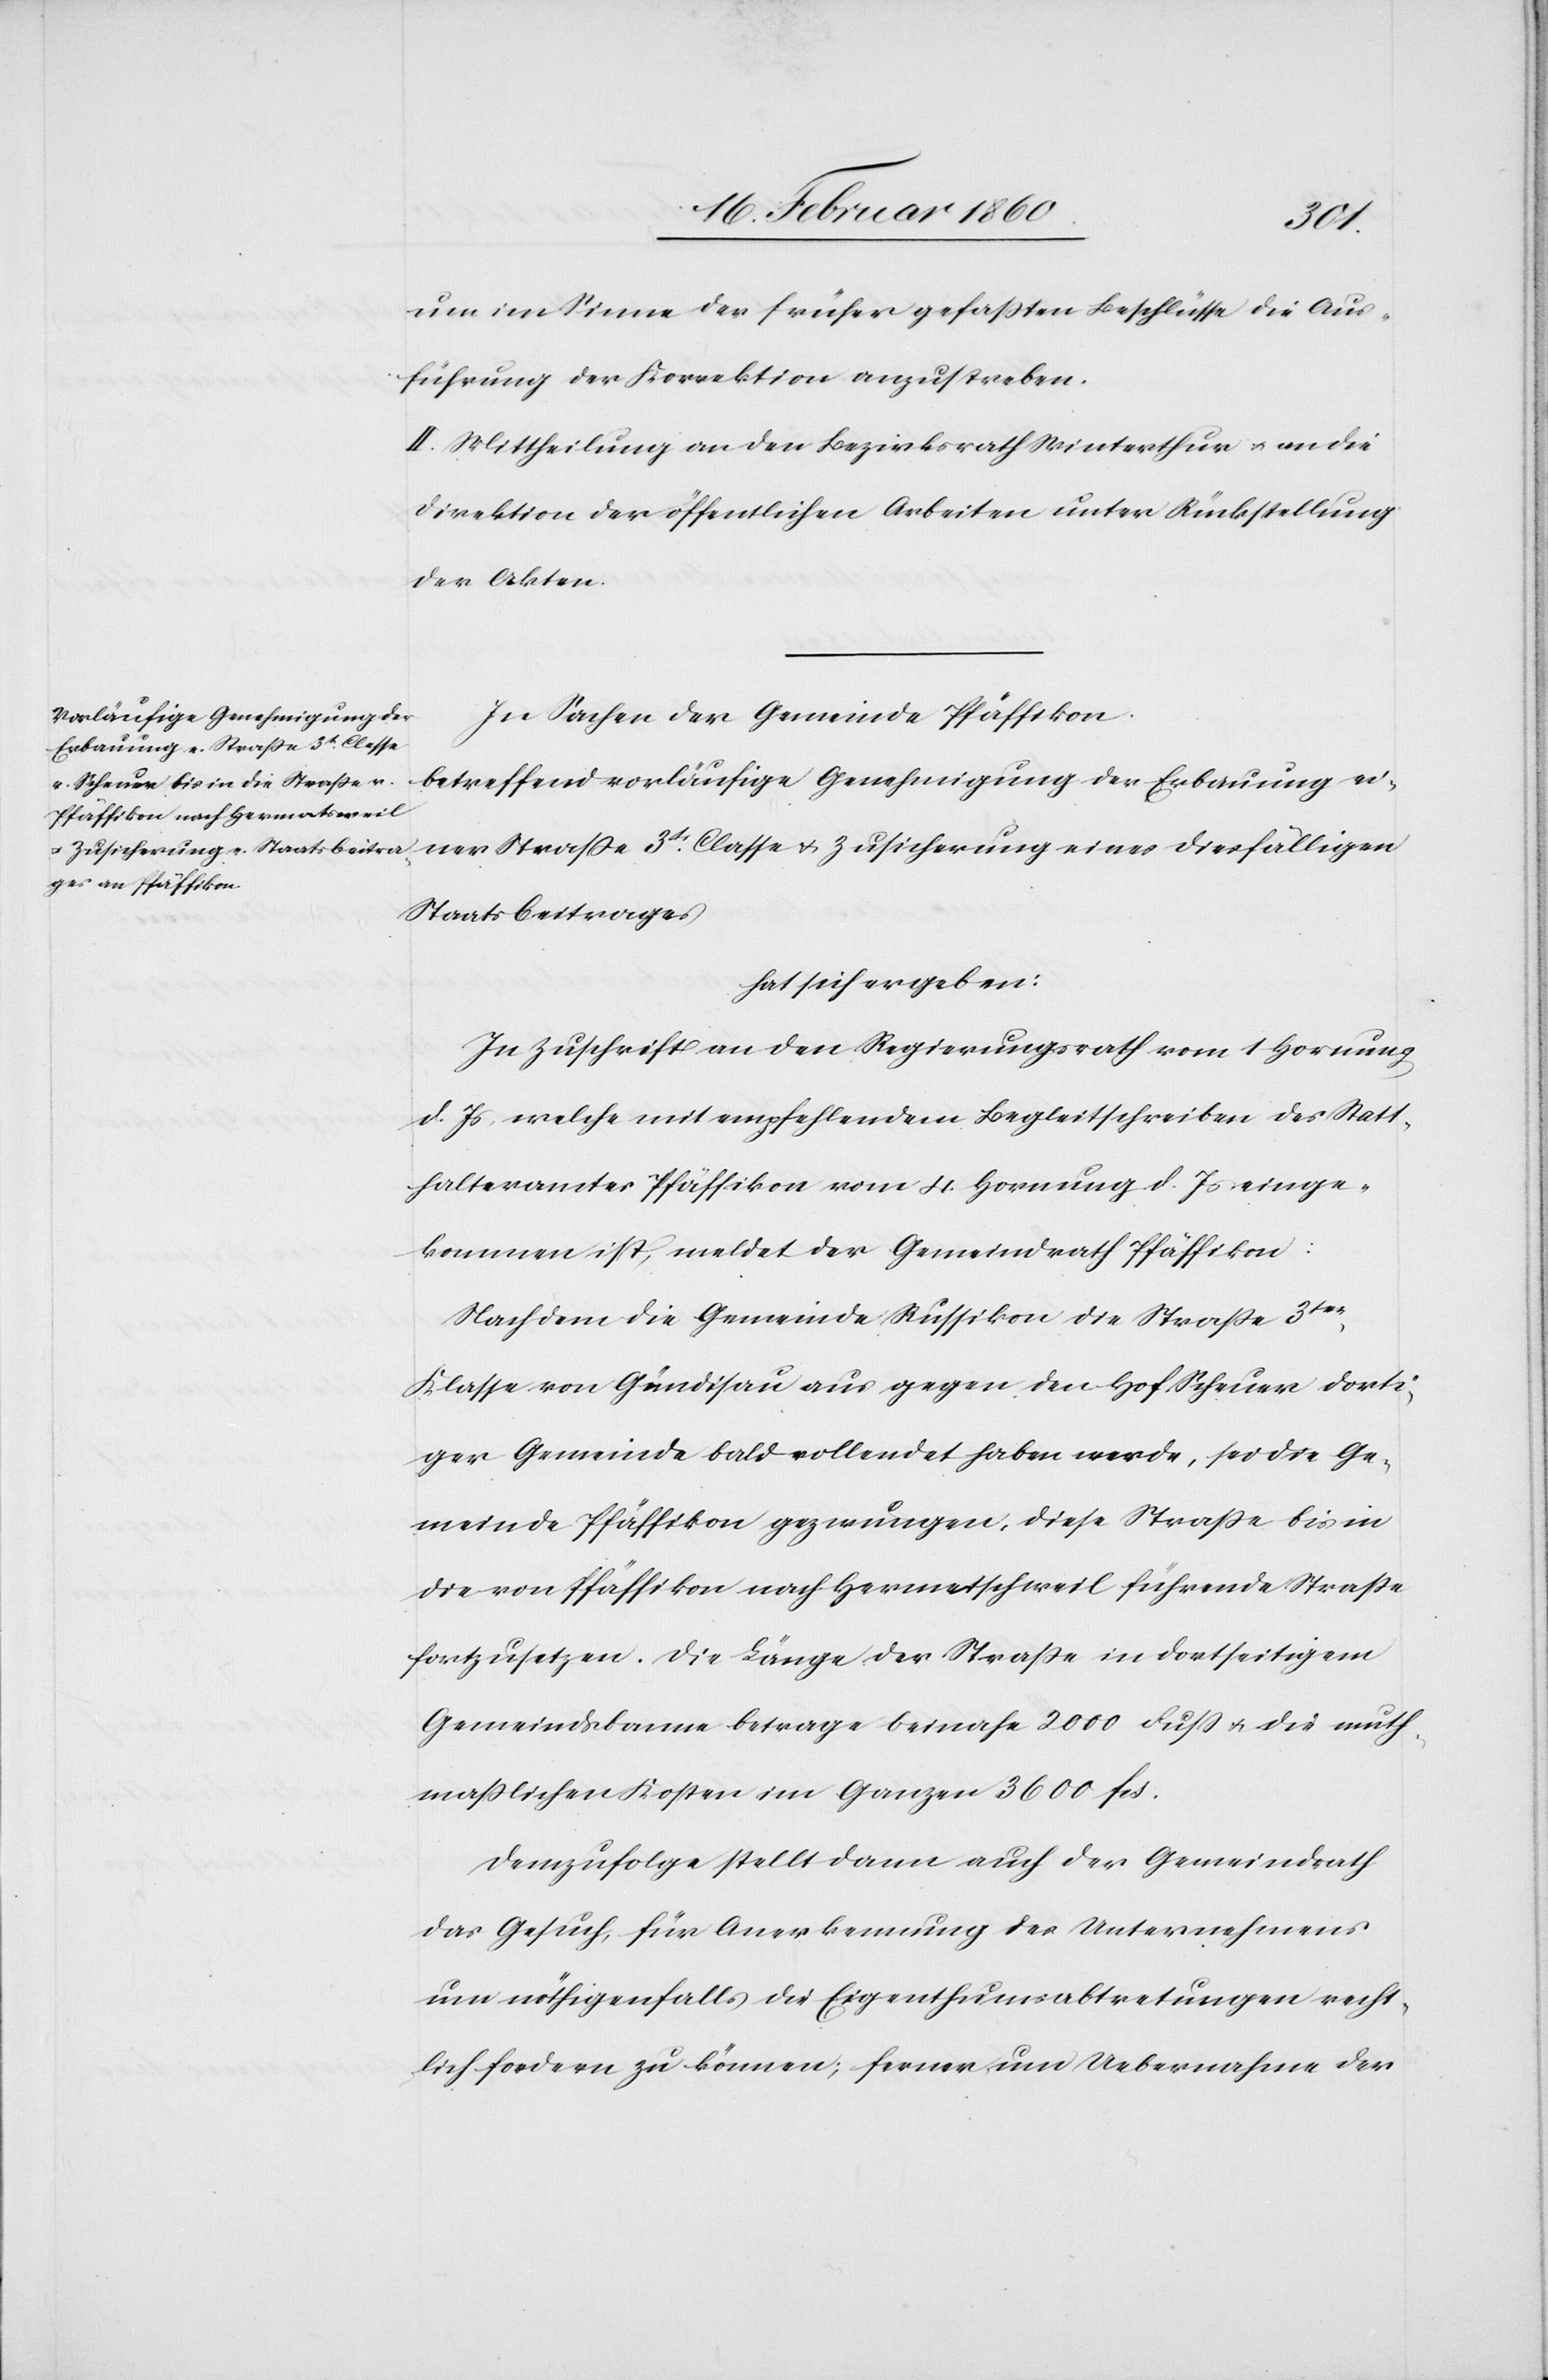
eines
um im Sinne der früher gefassten Beschlüsse die Aus¬
führung der Korrektion anzustreben.
II. Mittheilung an den Bezirksrath Winterthur u. an die
Direktion der öffentlichen Arbeiten unter Rückstellung
der Akten.
In Sachen der Gemeinde Pfäffikon
betreffend vorläufige Genehmigung der Erbauung ei¬
Staatsbeitrages
hat sich ergeben:
In Zuschrift an den Regierungsrath vom 1. Hornung
d. Js., welche mit empfehlendem Begleitschreiben des Statt¬
halteramtes Pfäffikon vom 4. Hornung d. Js. einge¬
kommen ist, meldet der Gemeindrath Pfäffikon:
Nachdem die Gemeinde Russikon die Strasse 3tr
Klasse von Gündisau aus gegen den Hof Scheuer dorti¬
ger Gemeinde bald vollendet haben werde, sei die Ge¬
meinde Pfäffikon gezwungen, diese Strasse bis in
die von Pfäffikon nach Hermetschweil [sic!] führende Strasse
fortzusetzen. Die Länge der Strasse in dortseitigem
Gemeindsbanne betrage beinahe 2000 Fuß u. die muth¬
masslichen Kosten im Ganzen 3600 fcs.
Demzufolge stellt dann auch der Gemeindrath
das Gesuch für Anerkennung des Unternehmens
um nöthigenfalls bei Eigenthumsabtretungen recht¬
lich fordern zu können; ferner um Uebernahme der